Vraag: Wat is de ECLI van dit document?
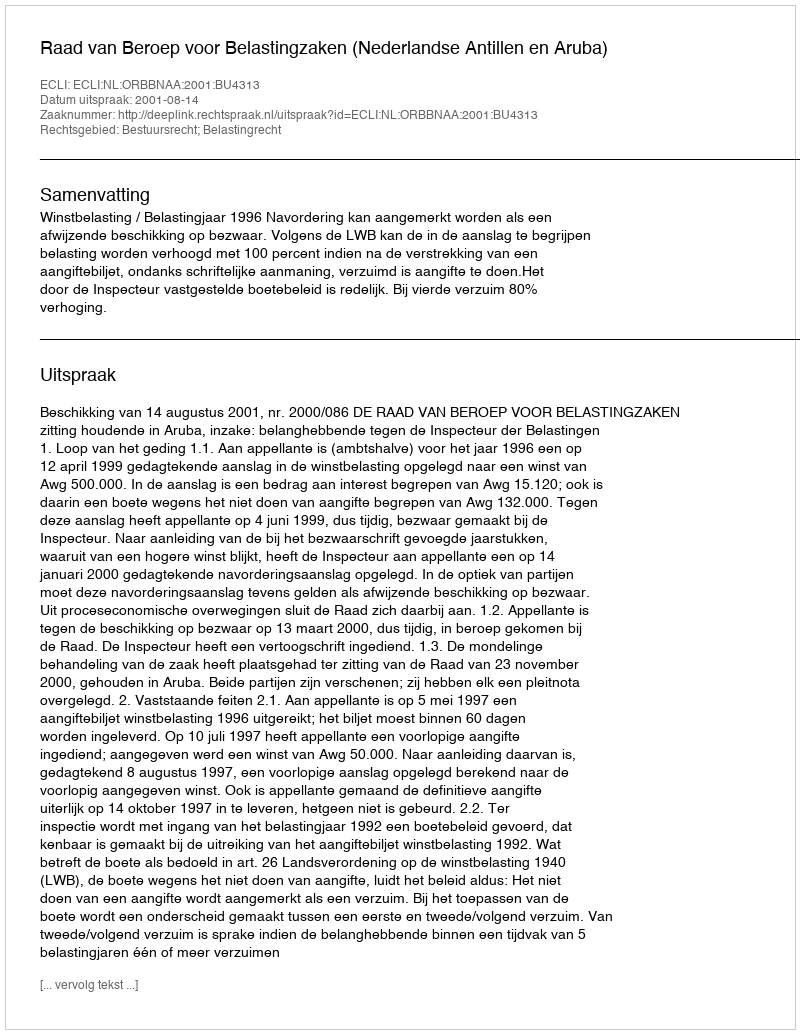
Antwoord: ECLI:NL:ORBBNAA:2001:BU4313